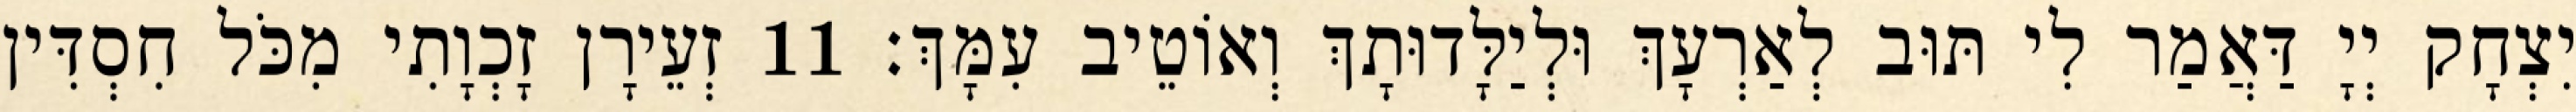
יִצְחָק יְיָ דַּאֲמַר לִי תּוּב לְאַרְעָךְ וּלְיַלָּדוּתָךְ וְאוֹטֵיב עִמָּךְ׃ 11 זְעֵירָן זָכְוָתִי מִכֹּל חִסְדִּין